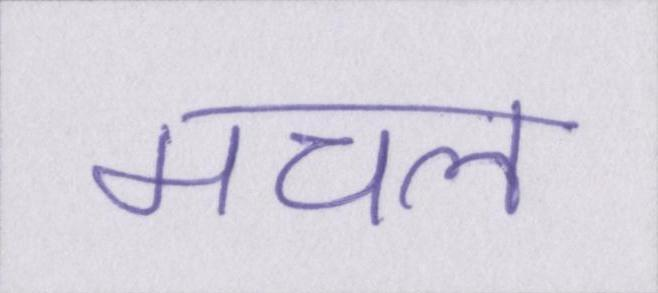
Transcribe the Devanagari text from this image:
मचल